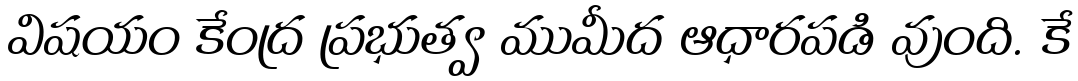
విషయం కేంద్ర ప్రభుత్వ ముమీద ఆధారపడి వుంది. కే